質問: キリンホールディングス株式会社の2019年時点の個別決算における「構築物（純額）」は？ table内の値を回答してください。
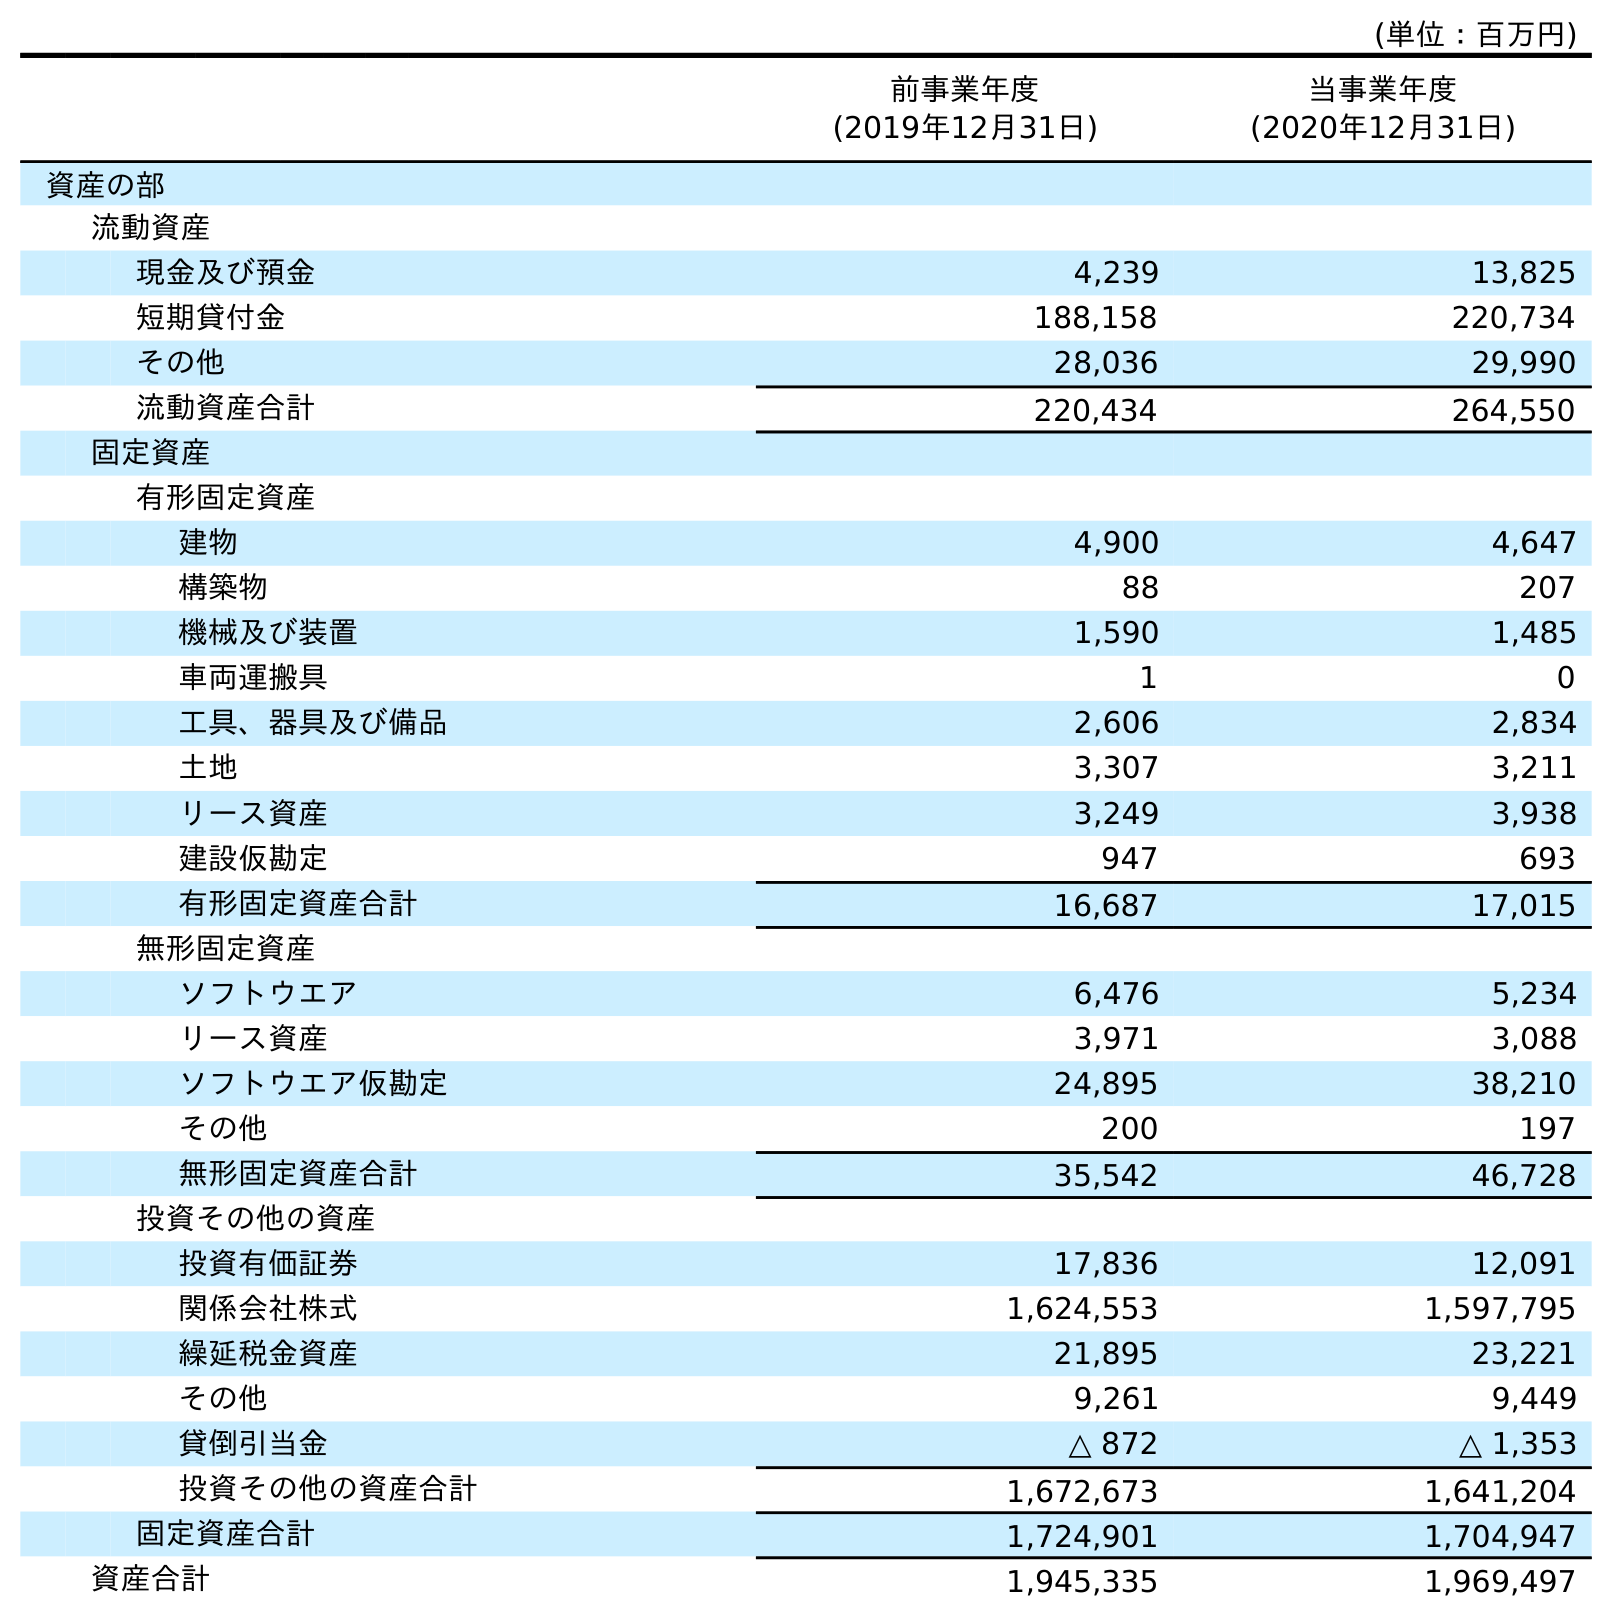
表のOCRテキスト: (単位：百万円) 前事業年度 (2019年12月31日) 当事業年度 (2020年12月31日) 資産の部 流動資産 現金及び預金 4,239 13,825 短期貸付金 188,158 220,734 その他 28,036 29,990 流動資産合計 220,434 264,550 固定資産 有形固定資産 建物 4,900 4,647 構築物 88 207 機械及び装置 1,590 1,485 車両運搬具 1 0 工具、器具及び備品 2,606 2,834 土地 3,307 3,211 リース資産 3,249 3,938 建設仮勘定 947 693 有形固定資産合計 16,687 17,015 無形固定資産 ソフトウエア 6,476 5,234 リース資産 3,971 3,088 ソフトウエア仮勘定 24,895 38,210 その他 200 197 無形固定資産合計 35,542 46,728 投資その他の資産 投資有価証券 17,836 12,091 関係会社株式 1,624,553 1,597,795 繰延税金資産 21,895 23,221 その他 9,261 9,449 貸倒引当金 △ 872 △ 1,353 投資その他の資産合計 1,672,673 1,641,204 固定資産合計 1,724,901 1,704,947 資産合計 1,945,335 1,969,497
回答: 88